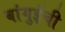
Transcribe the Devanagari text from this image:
बांगुईची